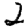
Digit: 2